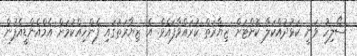
ސޯލިހު ވަނީ ކަޅުދުއްކަލާ ކޮށްޓަށް ޒިޔާރަތް ކުރައްވާފައެވެ. އެ ޒިޔާރަތުގައި ފެންހިއްކުމަށް އެމްއެންޑީއެފުން